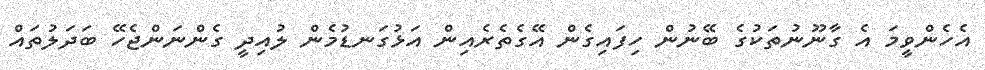
އެހެންވީމަ އެ ގާނޫނުތަކުގެ ބޭނުން ހިފައިގެން އޭގެތެރެއިން އަޅުގަނޑުމެން ލުއިދީ ގެންނަންޖެހޭ ބަދަލުތައް